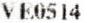
VE0514